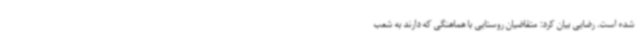
شده است. رضایی بیان کرد: متقاضیان روستایی با هماهنگی که دارند به شعب